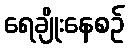
ရေချိုးနေစဉ်